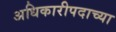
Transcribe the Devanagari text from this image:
अधिकारीपदाच्या